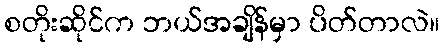
စတိုးဆိုင်က ဘယ်အချိန်မှာ ပိတ်တာလဲ။